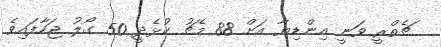
ޗެތްރީ ވަނީ އިންޑިޔާ އަށް 88 މެޗު ކުޅެދީ 50 ގޯލު ޖަހާފައިވެ